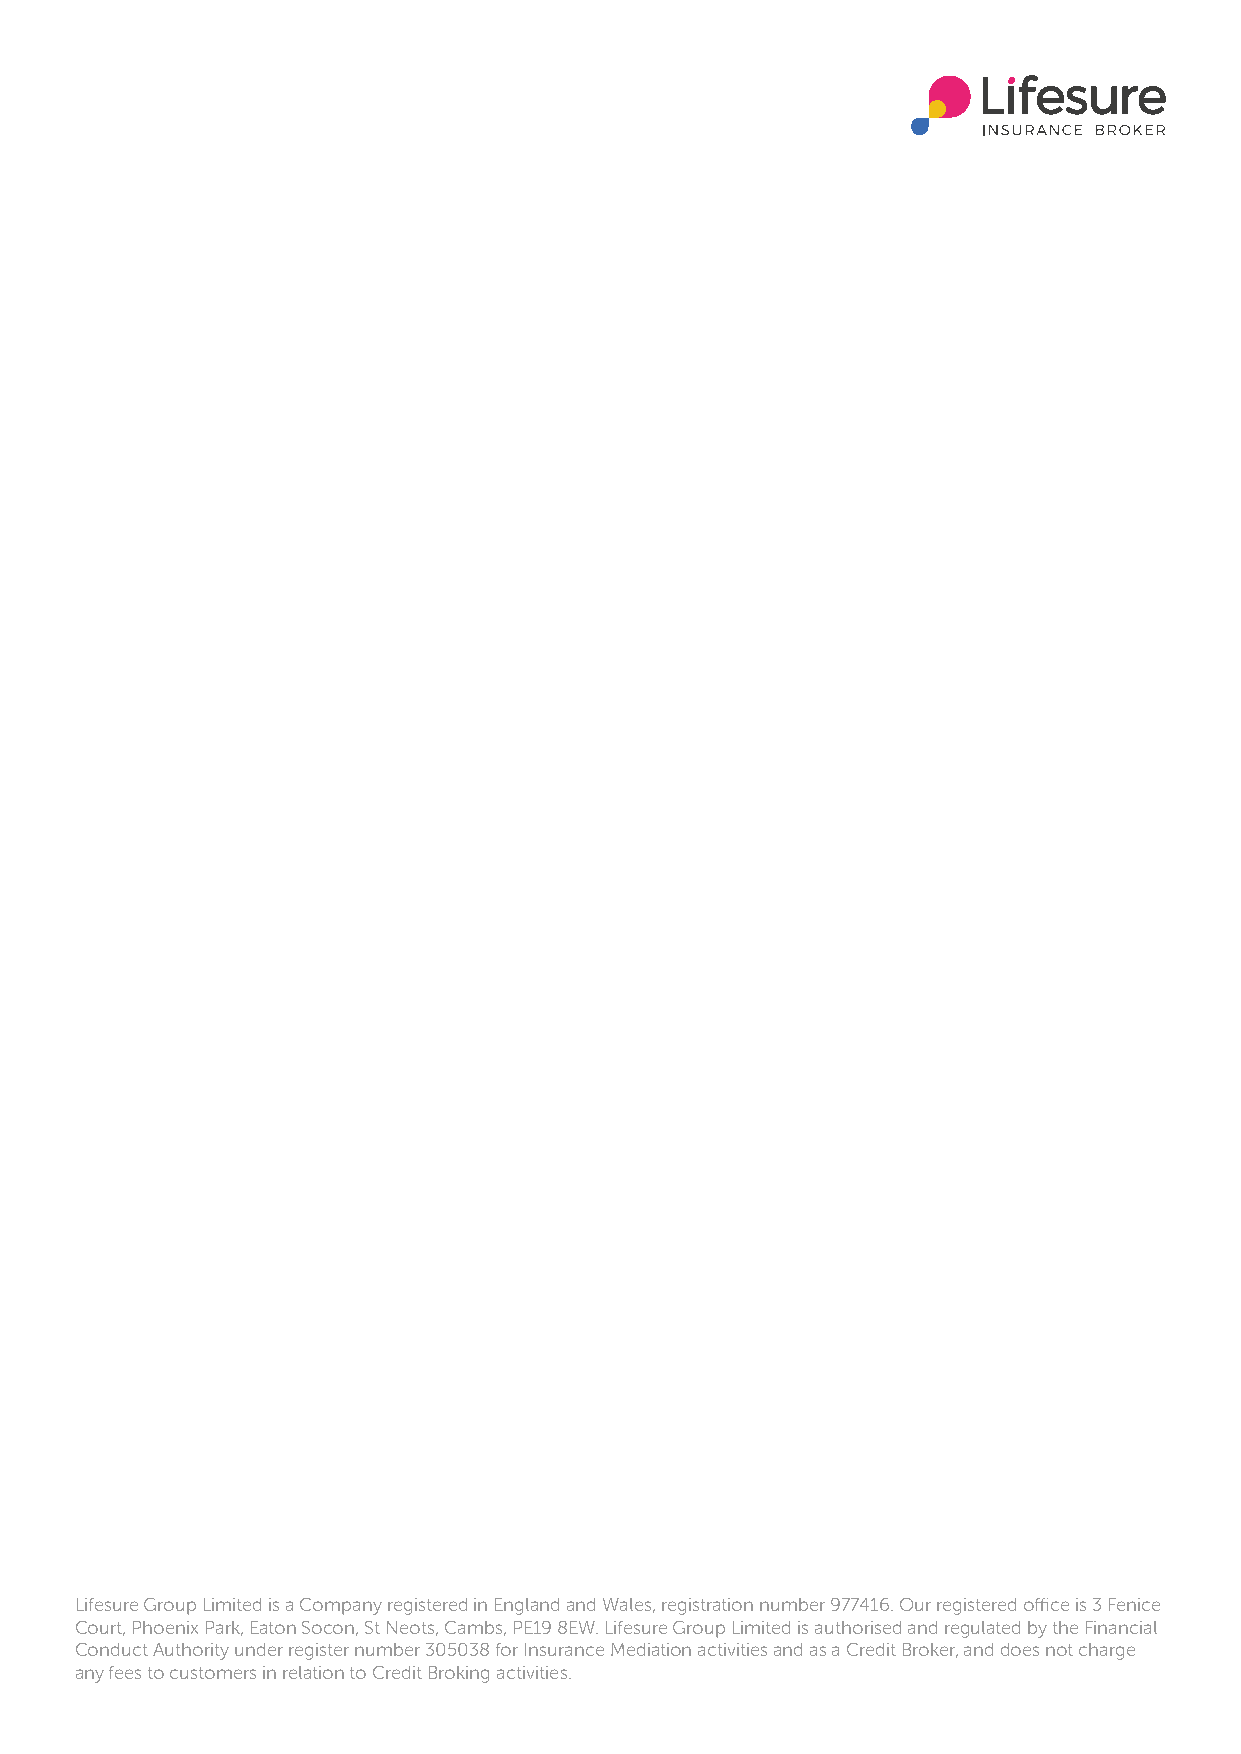
Lifesure Group Limited is a Company registered in England and Wales, registration number 977416. Our registered office is 3 Fenice
 Court, Phoenix Park, Eaton Socon, St Neots, Cambs, PE19 8EW. Lifesure Group Limited is authorised and regulated by the Financial
 Conduct Authority under register number 305038 for Insurance Mediation activities and as a Credit Broker, and does not charge
 any fees to customers in relation to Credit Broking activities.